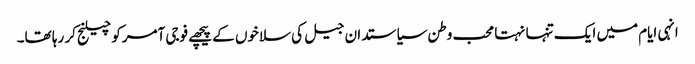
انہی ایام میں ایک تنہا نہتا محب وطن سیاستدان جیل کی سلاخوں کے پیچھے فوجی آمرکو چیلنج کر رہا تھا۔